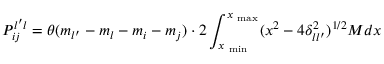
P _ { i j } ^ { l ^ { \prime } l } = \theta ( m _ { l ^ { \prime } } - m _ { l } - m _ { i } - m _ { j } ) \cdot 2 \int _ { x _ { \mathrm { \scriptsize ~ m i n } } } ^ { x _ { \mathrm { \scriptsize ~ m a x } } } ( x ^ { 2 } - 4 \delta _ { l l ^ { \prime } } ^ { 2 } ) ^ { 1 / 2 } { \cal M } d x